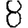
Digit: 8